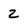
Character: 2